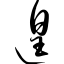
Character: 遑